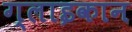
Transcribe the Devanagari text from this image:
ग्लाइकान